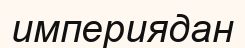
империядан